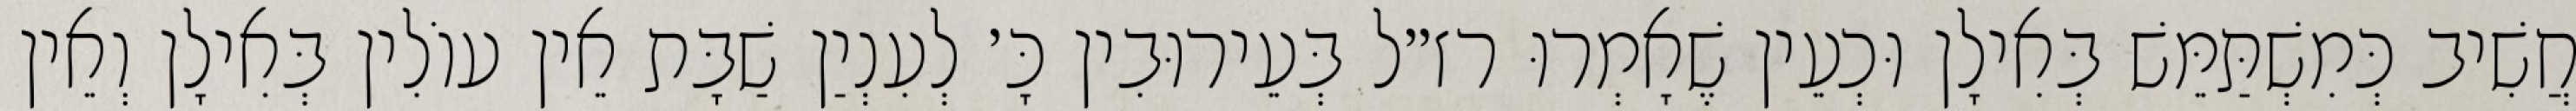
חֲשִׁיב כְּמִשְׁתַּמֵּשׁ בְּאִילָן וּכְעֵין שֶׁאָמְרוּ רז״ל בְּעֵירוּבִין כָּ׳ לְעִנְיַן שַׁבָּת אֵין עוֹלִין בְּאִילָן וְאֵין